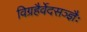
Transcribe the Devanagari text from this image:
विग्रहैर्वेदसञ्ज्ञैः